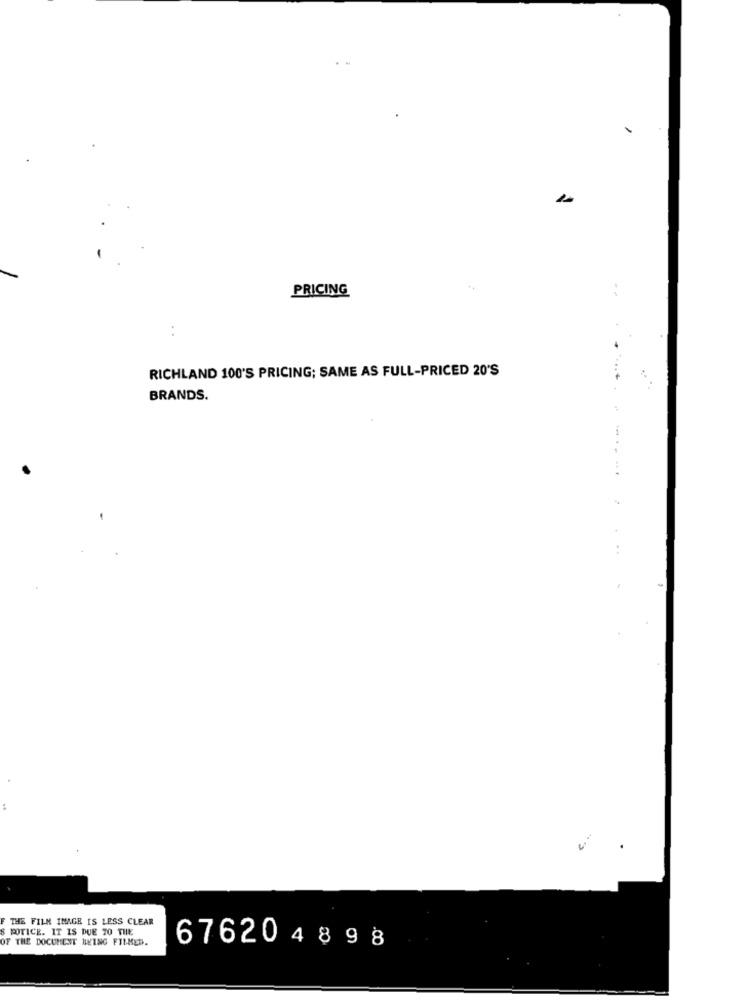
PRICING
:
RICHLAND 100'S PRICING; SAME AS FULL-PRICED 20'S
BRANDS.
-
F THE FILM IMAGE IS LESS CLEAR
S POTICE. IT IS DUE TO THE
OF THE DOCUMENT BEING FILMED.
676204898